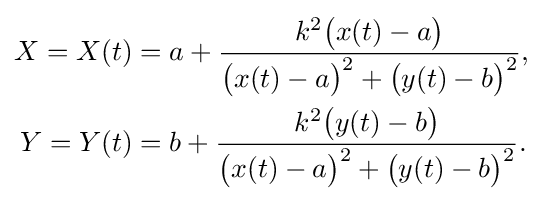
{\begin{aligned}X=X(t)&=a+{\frac {k^{2}{\bigl (}x(t)-a{\bigr )}}{{\bigl (}x(t)-a{\bigr )}^{2}+{\bigl (}y(t)-b{\bigr )}^{2}}},\\Y=Y(t)&=b+{\frac {k^{2}{\bigl (}y(t)-b{\bigr )}}{{\bigl (}x(t)-a{\bigr )}^{2}+{\bigl (}y(t)-b{\bigr )}^{2}}}.\end{aligned}}